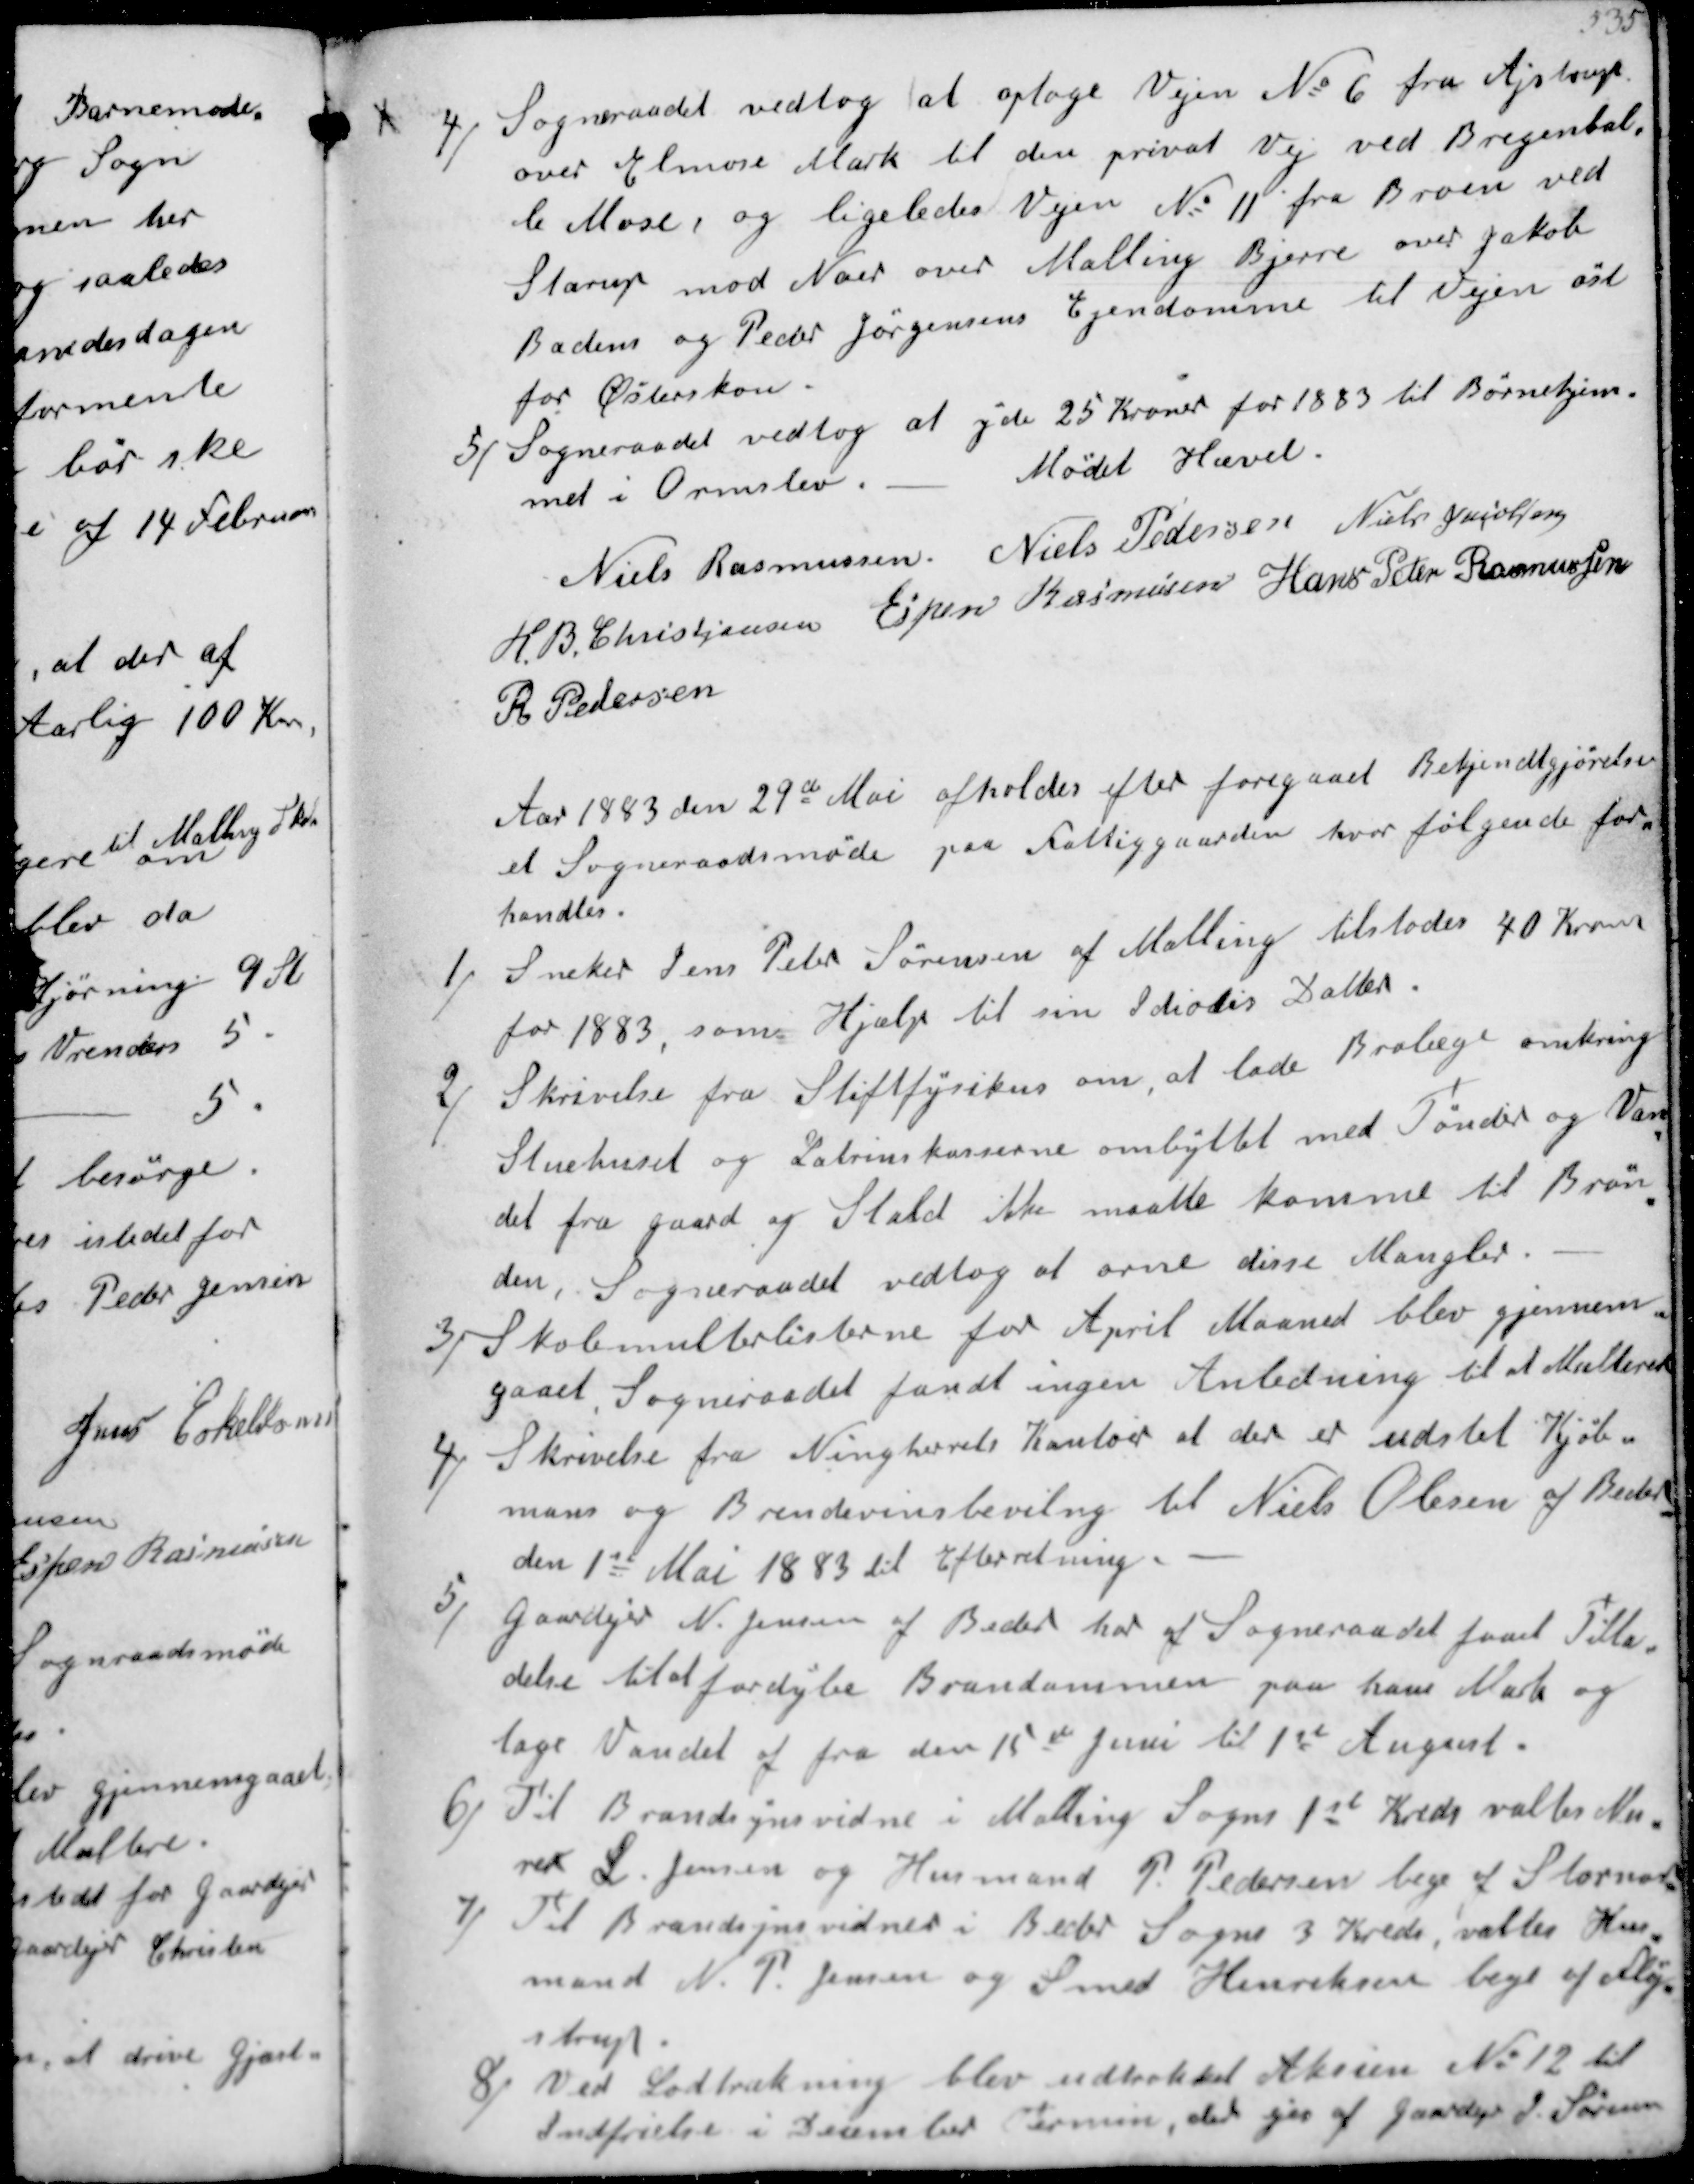
Transskription:
4/ 
Sogneraadet vedtog at optage Vejen No 6 fra Ajstrup
over Elmose Mark til den privat vej ved Bregenbal-
le Mose, og ligeledes Vejen No 11 fra Broen ved 
Starup mod Nord over Malling Bjerre over Jakob
Badens og Peder Jørgensens Ejendomme til Vejen øst 
for Østerskov.
5/
Sogneraadet vedtog at yde 25 Kroner for 1883 til Børnehjem-
met i Ormslev.
Mødet Hævet.
Niels Rasmussen
Niels Pedersen
Niels Jacobsen
H. B. Christjansen
Espen Rasmussen
Hans Peter Rasmussen
R Pedersen

Aar 1883 den 29de Mai afholdes efter foregaaet Bekjendtgjørelse
et Sogneraadsmøde paa fattiggaarden hvor følgende for-
handles.
1/
Sneker Jens Peter Sørensen af Malling tilstodes 40 Kroner
for 1883, som Hjælp til sin Idiodis Datter.
2/
Skrivelse fra Stiftfysikus om, at lade Brolæge omkring
Stuehuset og Latrinskasserne ombyttet med Tønder og Van-
det fra gaard og Stald ikke maatte komme til Brøn-
den, Sogneraadet vedtog at orne disse Mangler.
3/
Skolemulterlisterne for April Maaned blev gjennem-
gaaet, Sogneraadet fandt ingen Anledning til at Multere
4/
Skrivelse fra Ning herreds Kontor at der er udstet Kjøb-
mans og Brendevinsbeviling til Niels Olesen af Beder
den 1st Mai 1883 til efterretning.
5/
Gaardejer N. Jensen af Beder har af Sogneraadet faaet Tilla-
delse til at fordybe Branddammen paa hans Mark og
tage Vandet af fra den 15de Juni til 1st August.
6/
Til Brandsynsvidne i Malling Sogns 1st Kreds valtes Mu-
rer L. Jensen og Husmand P. Pedersen bege af Stornor.
7/
Til Brandsynsvidner i Beder Sogns 3 Kreds, valtes Hus-
mand N. P. Jensen og Smed Henriksen bege af Fløj-
strup
8/
Ved Lodtrækning blev udtrokket Aksien N: 12 til
Indfrielse i December Termin, det gir af gaarrdejer J. Sørensen